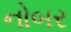
નોબર